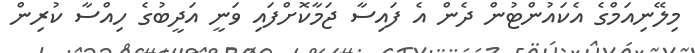
މިލޭނިއަމްގެ އެކައުންޓުން ދެން އެ ފައިސާ ޖަމާކޮށްފައި ވަނީ އަދީބުގެ ހިއްސާ ކުރިން